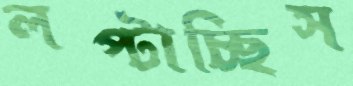
লপ্‌টাচ্ছিস